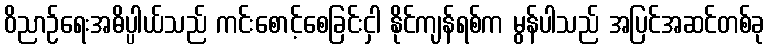
ဝိညာဉ်ရေးအဓိပ္ပါယ်သည် ကင်းစောင့်စေခြင်းငှါ နိုင်ကျန်ရစ်က မွန်ပါသည် အပြင်အဆင်တစ်ခု